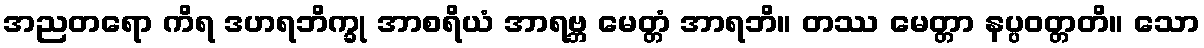
အညတရော ကိရ ဒဟရဘိက္ခု အာစရိယံ အာရဗ္ဘ မေတ္တံ အာရဘိ။ တဿ မေတ္တာ နပ္ပဝတ္တတိ။ သော